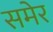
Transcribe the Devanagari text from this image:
समेर